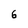
Character: 6